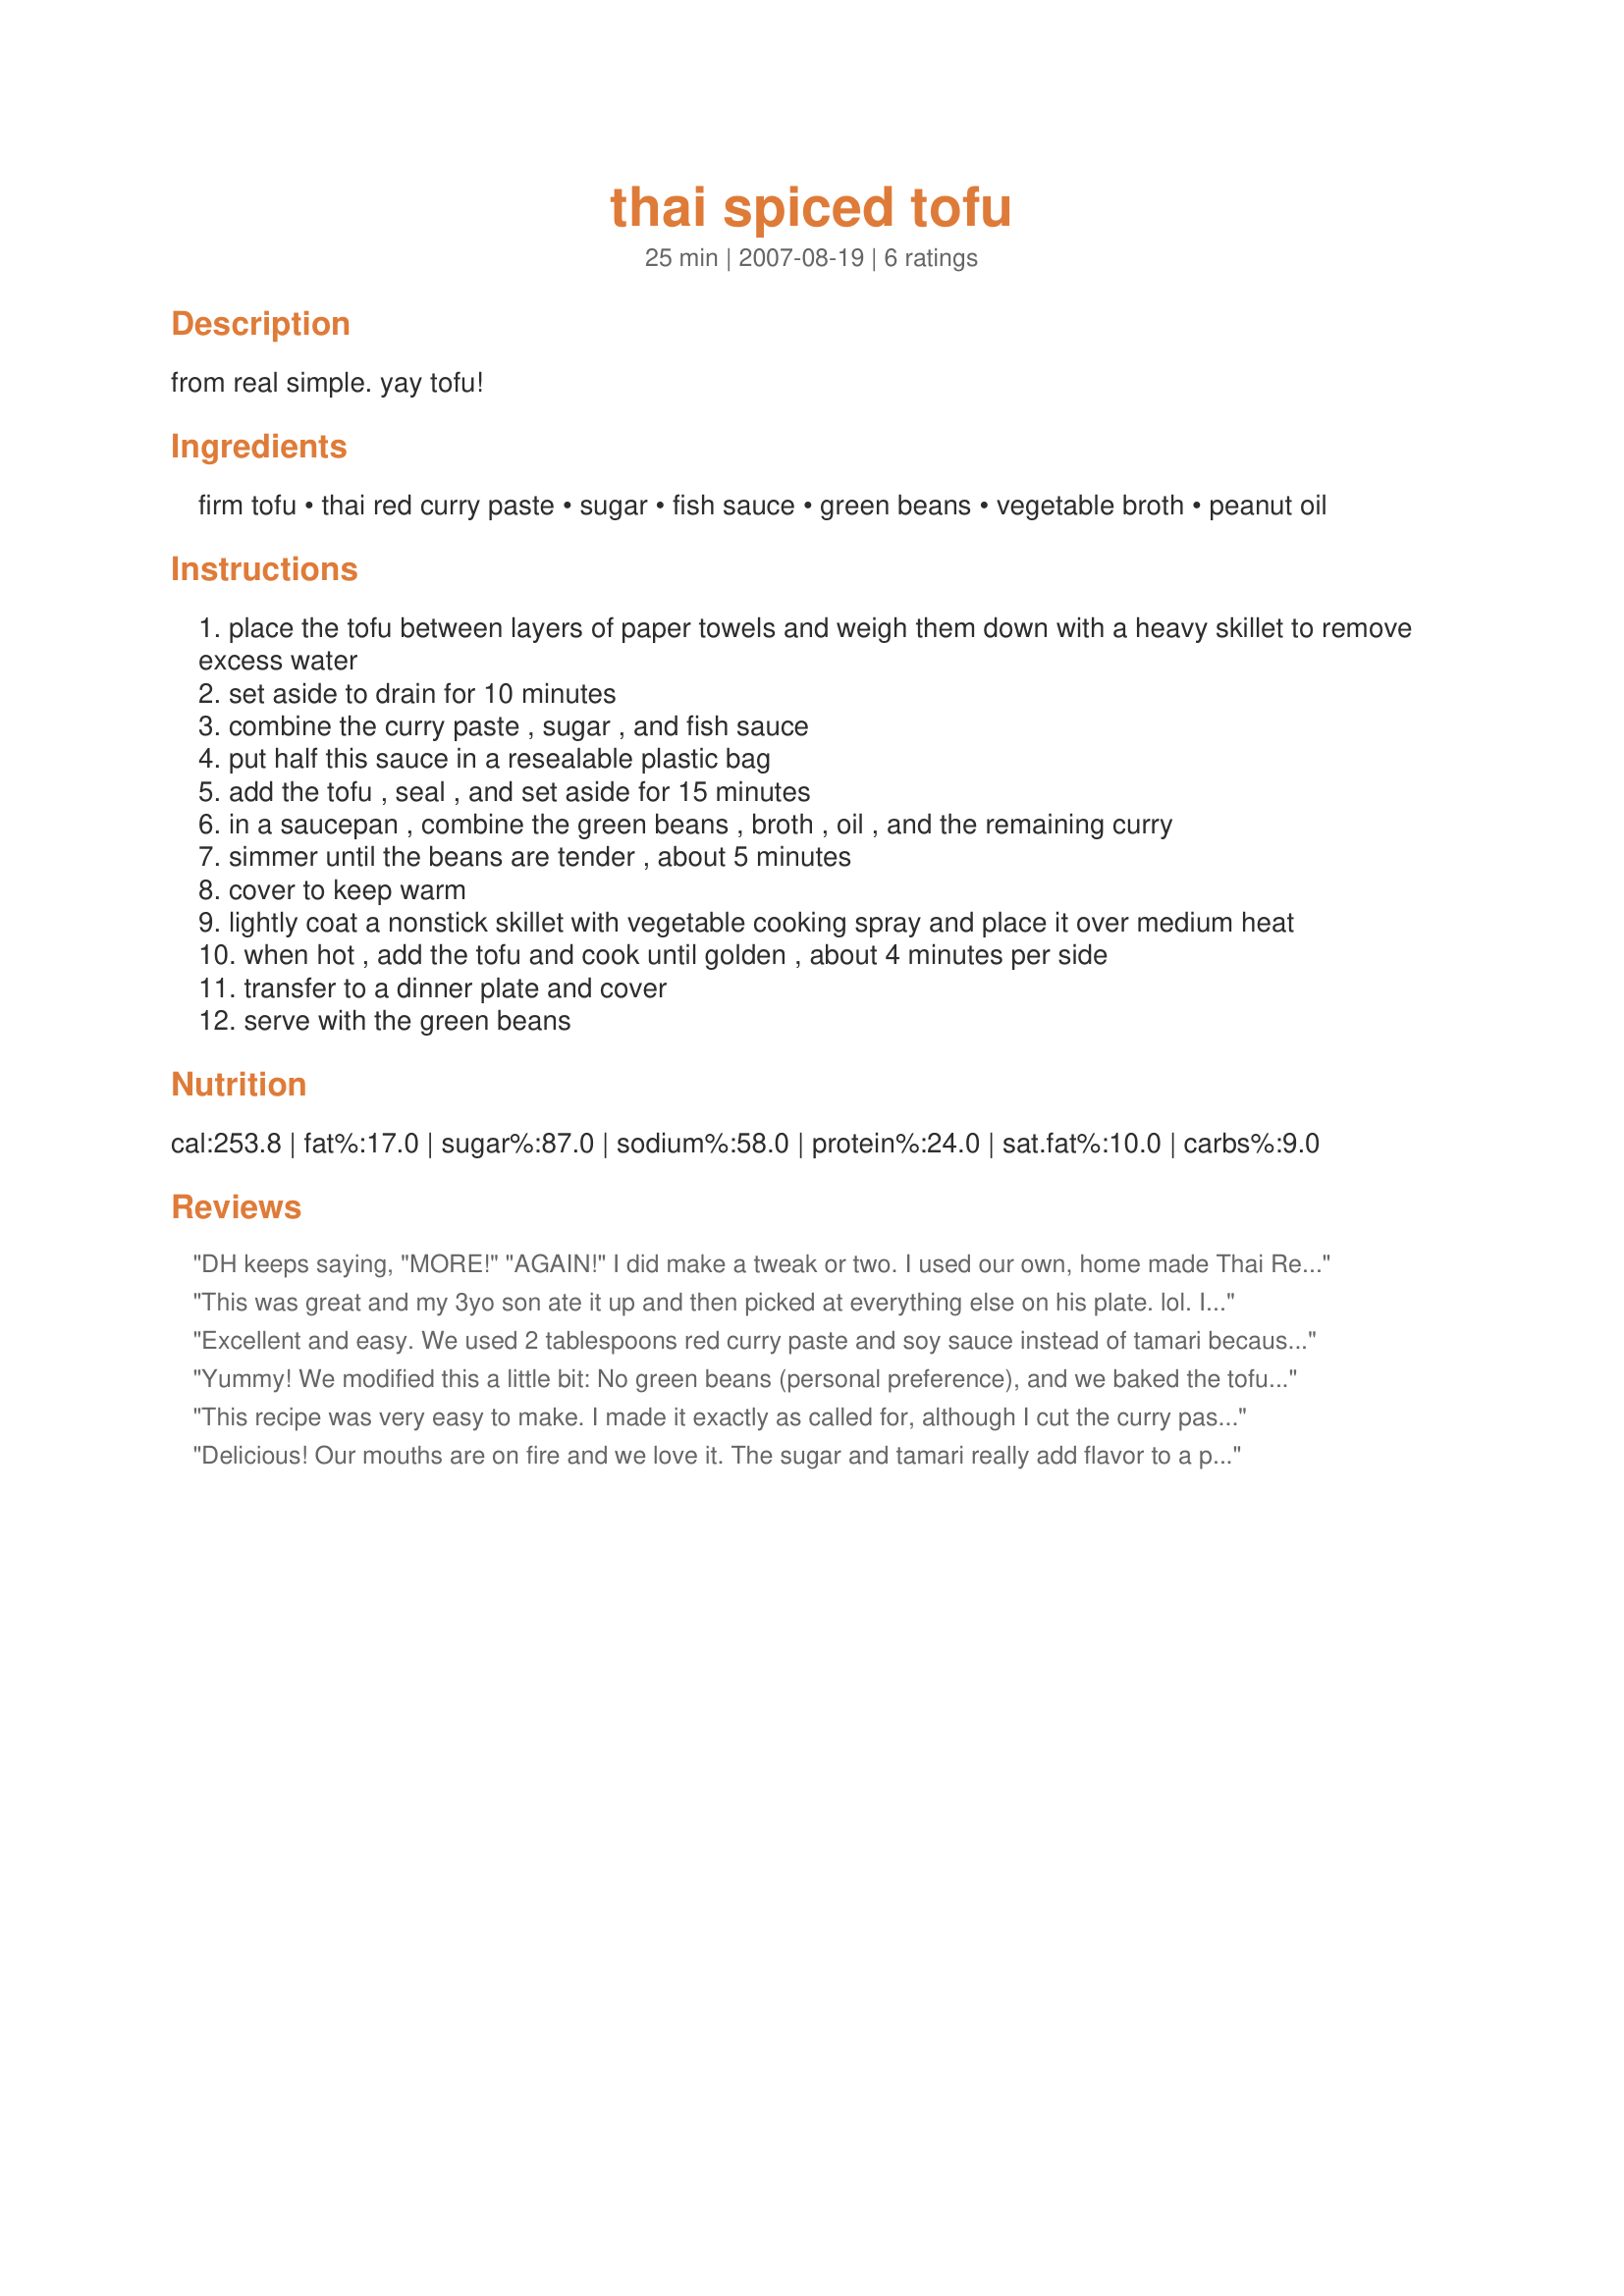
thai spiced tofu
Preparation time: 25 minutes

from real simple. yay tofu!

Ingredients:
firm tofu, thai red curry paste, sugar, fish sauce, green beans, vegetable broth, peanut oil

Steps:
place the tofu between layers of paper towels and weigh them down with a heavy skillet to remove excess water
set aside to drain for 10 minutes
combine the curry paste , sugar , and fish sauce
put half this sauce in a resealable plastic bag
add the tofu , seal , and set aside for 15 minutes
in a saucepan , combine the green beans , broth , oil , and the remaining curry
simmer until the beans are tender , about 5 minutes
cover to keep warm
lightly coat a nonstick skillet with vegetable cooking spray and place it over medium heat
when hot , add the tofu and cook until golden , about 4 minutes per side
transfer to a dinner plate and cover
serve with the green beans

Reviews:
DH keeps saying, "MORE!" "AGAIN!" I did make a tweak or two. I used our own, home made Thai Red Curry paste, 1.5 tsp of brown Splenda, rather than sugar and 1+ Tbsp fish sauce and 1 Tbsp brown Thai Soy Sauce, which is thicker and has a molasses flavor. We will be having this again, often. And we agree with Herb-Cat. This is a great way of having Thai Curry without the coconut milk. Update - we've also tried this with our home made Green curry paste but it's not as good. We've also subbed broccoli for the greens beans and that's been a good change out. Thanks.
This was great and my 3yo son ate it up and then picked at everything else on his plate. lol. I used Thai Kitchen's Red curry Paste and I didn't think it was spicy. Of course, when I got to the what-to-do-with-the-tofu section of the recipe I saw that I had already marinaded 16 oz instead of 8 oz! ACK! What do I do now?! So I dumped the other half pound of frozen green beans into the pan, added more water (which I used instead of broth), more peanut oil and squeezed every bit of marinade I could out of the baggie into the beans. It turned out great and I served it with Recipe #287896 for the meat-eaters and Recipe #288002. Reviewed for Healthy Choices ABC tag.
Excellent and easy. We used 2 tablespoons red curry paste and soy sauce instead of tamari because that's what we had. Tamari is a specially brewed soy sauce, so we figured it was an acceptable substitute. We are vegetarians so we did not use fish sauce at all. I think 3 tablespoons of the curry paste would have been too hot for us. We were very pleased with the way we made this dish and we served over rice.
Yummy! We modified this a little bit: No green beans (personal preference), and we baked the tofu (we can't seem to get the hand of frying things), and soy sauce instead of the fish sauce. This was so tasty! It's even better than the red curry recipes that call for coconut milk! We will be making this time and time again! Thank you!
This recipe was very easy to make. I made it exactly as called for, although I cut the curry paste to two tablespoon from three. It was spicy but not too hot. Delicious served over rice.
Delicious! Our mouths are on fire and we love it. The sugar and tamari really add flavor to a pre-made paste and it is very easy to make. Perfect for a weeknight meal. I left out the oil and served over brown rice. Thanks for posting. Will make again for sure.
